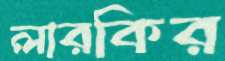
লারকির